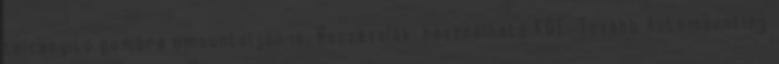
tálcanyitó gombra umountoljon is. Hozzávalók: használható KDE. Tovább Automounting